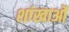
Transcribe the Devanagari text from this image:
शांखाओं